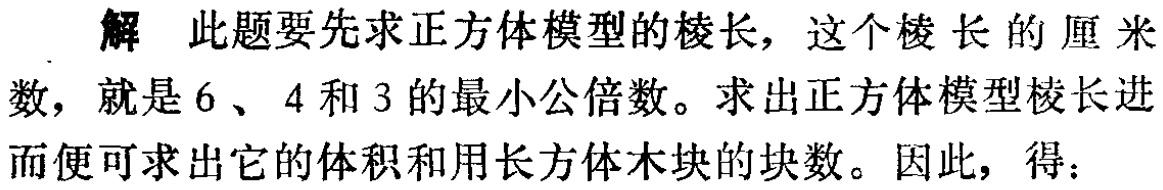
解 此题要先求正方体模型的棱长，这个棱长的厘米数，就是\(6\)、\(4\)和\(3\)的最小公倍数。求出正方体模型棱长进而便可求出它的体积和用长方体木块的块数。因此，得：